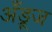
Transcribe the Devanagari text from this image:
अँड्रूज